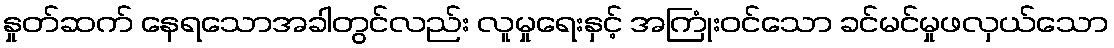
နှုတ်ဆက် နေရသောအခါတွင်လည်း လူမှုရေးနှင့် အကြုံးဝင်သော ခင်မင်မှုဖလှယ်သော